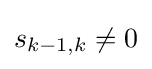
s_{k-1,k}\neq 0